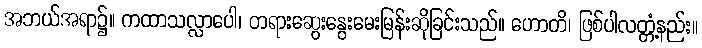
အဘယ်အရာ၌။ ကထာသလ္လာပေါ၊ တရားဆွေးနွေးမေးမြန်းဆိုခြင်းသည်။ ဟောတိ၊ ဖြစ်ပါလတ္တံ့နည်း။